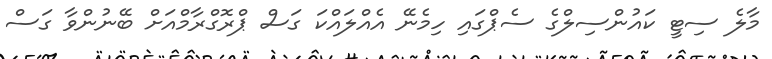
މާލެ ސިޓީ ކައުންސިލްގެ ސެޕްގައި ހިމެނޭ އެއްލައްކަ ގަސް ޕްރޮގްރާމްއަށް ބޭނުންވާ ގަސް